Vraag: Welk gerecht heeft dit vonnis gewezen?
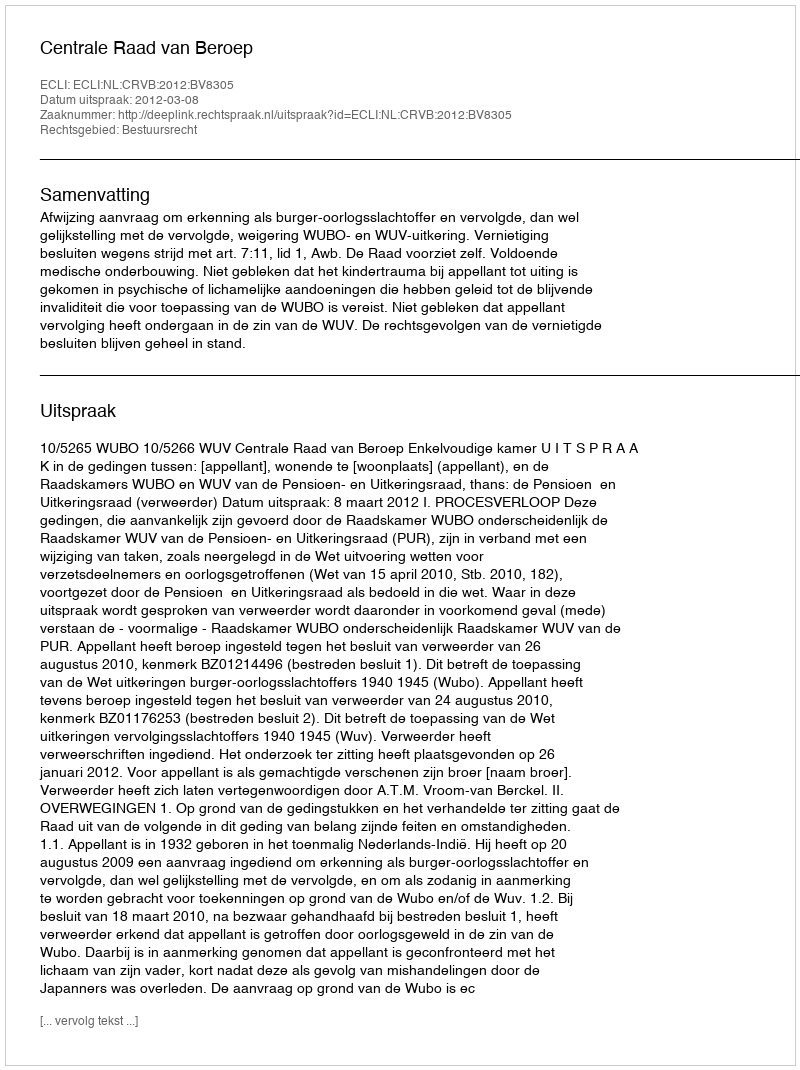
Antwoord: Centrale Raad van Beroep